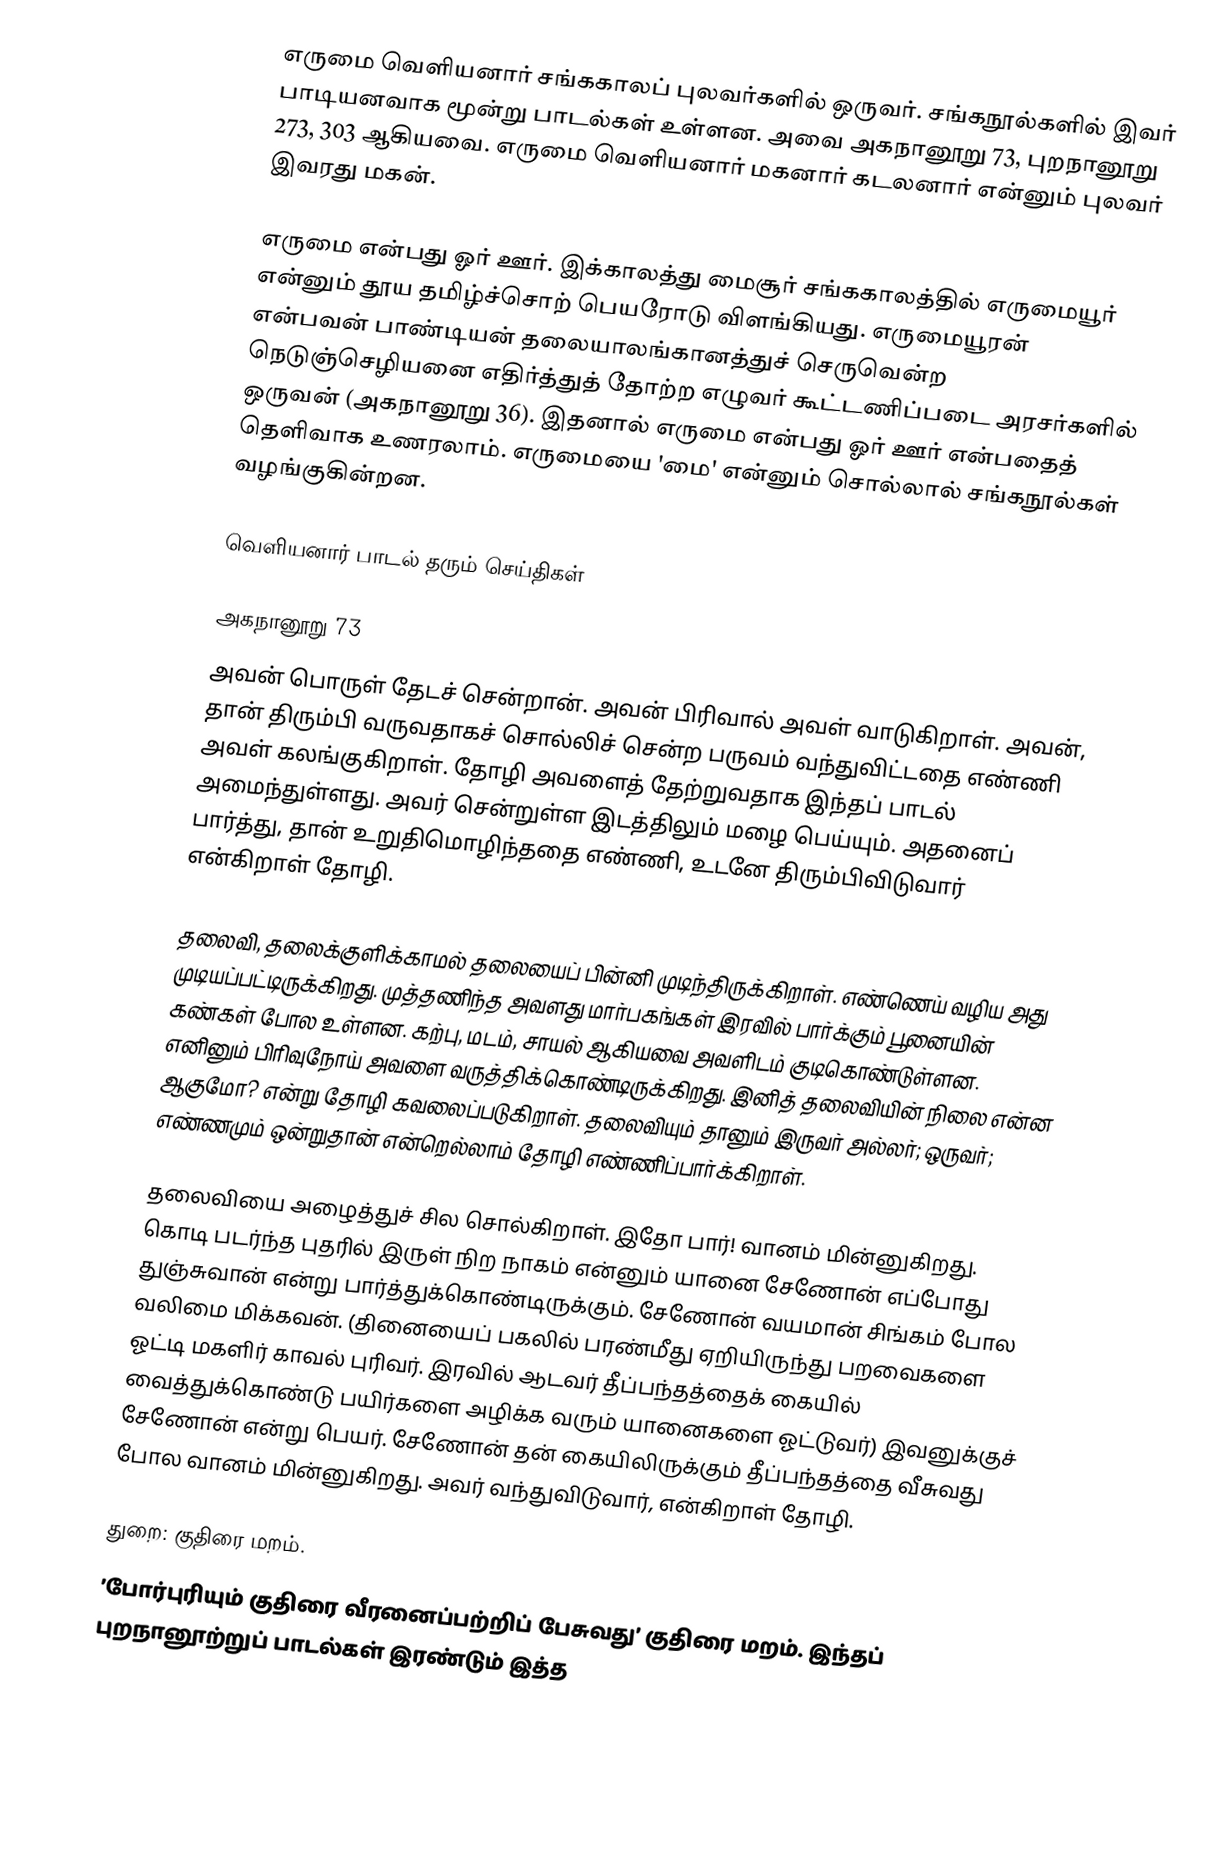
எருமை வெளியனார் சங்ககாலப் புலவர்களில் ஒருவர்.  சங்கநூல்களில் இவர் பாடியனவாக மூன்று பாடல்கள் உள்ளன. அவை அகநானூறு 73, புறநானூறு 273, 303 ஆகியவை. எருமை வெளியனார் மகனார் கடலனார் என்னும் புலவர் இவரது மகன்.

எருமை என்பது ஓர் ஊர். இக்காலத்து மைசூர் சங்ககாலத்தில் எருமையூர் என்னும் தூய தமிழ்ச்சொற் பெயரோடு விளங்கியது. எருமையூரன் என்பவன் பாண்டியன் தலையாலங்கானத்துச் செருவென்ற நெடுஞ்செழியனை எதிர்த்துத் தோற்ற எழுவர் கூட்டணிப்படை அரசர்களில் ஒருவன் (அகநானூறு 36). இதனால் எருமை என்பது ஓர் ஊர் என்பதைத் தெளிவாக உணரலாம். எருமையை 'மை' என்னும் சொல்லால் சங்கநூல்கள் வழங்குகின்றன.

வெளியனார் பாடல் தரும் செய்திகள்

அகநானூறு 73
அவன் பொருள் தேடச் சென்றான். அவன் பிரிவால் அவள் வாடுகிறாள். அவன், தான் திரும்பி வருவதாகச் சொல்லிச் சென்ற பருவம் வந்துவிட்டதை எண்ணி அவள் கலங்குகிறாள். தோழி அவளைத் தேற்றுவதாக இந்தப் பாடல் அமைந்துள்ளது. அவர் சென்றுள்ள இடத்திலும் மழை பெய்யும். அதனைப் பார்த்து, தான் உறுதிமொழிந்ததை எண்ணி, உடனே திரும்பிவிடுவார் என்கிறாள் தோழி.

தலைவி, தலைக்குளிக்காமல் தலையைப் பின்னி முடிந்திருக்கிறாள். எண்ணெய் வழிய அது முடியப்பட்டிருக்கிறது. முத்தணிந்த அவளது மார்பகங்கள் இரவில் பார்க்கும் பூனையின் கண்கள் போல உள்ளன. கற்பு, மடம், சாயல் ஆகியவை அவளிடம் குடிகொண்டுள்ளன. எனினும் பிரிவுநோய் அவளை வருத்திக்கொண்டிருக்கிறது. இனித் தலைவியின் நிலை என்ன ஆகுமோ? என்று தோழி கவலைப்படுகிறாள். தலைவியும் தானும் இருவர் அல்லர்; ஒருவர்; எண்ணமும் ஒன்றுதான் என்றெல்லாம் தோழி எண்ணிப்பார்க்கிறாள்.

தலைவியை அழைத்துச் சில சொல்கிறாள். இதோ பார்! வானம் மின்னுகிறது. கொடி படர்ந்த புதரில் இருள் நிற நாகம் என்னும் யானை சேணோன் எப்போது துஞ்சுவான் என்று பார்த்துக்கொண்டிருக்கும். சேணோன் வயமான் சிங்கம் போல வலிமை மிக்கவன். (தினையைப் பகலில் பரண்மீது ஏறியிருந்து பறவைகளை ஓட்டி மகளிர் காவல் புரிவர். இரவில் ஆடவர் தீப்பந்தத்தைக் கையில் வைத்துக்கொண்டு பயிர்களை அழிக்க வரும் யானைகளை ஓட்டுவர்) இவனுக்குச் சேணோன் என்று பெயர். சேணோன் தன் கையிலிருக்கும் தீப்பந்தத்தை வீசுவது போல வானம் மின்னுகிறது. அவர் வந்துவிடுவார், என்கிறாள் தோழி.

துறை: குதிரை மறம்.
’போர்புரியும் குதிரை வீரனைப்பற்றிப்  பேசுவது’ குதிரை மறம். இந்தப் புறநானூற்றுப் பாடல்கள் இரண்டும் இத்த